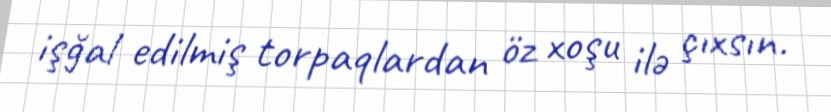
işğal edilmiş torpaqlardan öz xoşu ilə çıxsın.